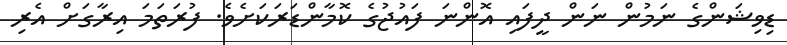
ޑިވިޝަންގެ ނަމުން ނަން ދީފައި އޮންނަ ފައުޖުގެ ކޮމާންޑަރަކަށެވެ. ފުރަތަމަ އިރާގަށް އެރި